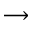
\longrightarrow